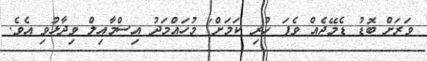
ވަރަށް ބޮޑު ޑެމޭޖެއް ވެފަ ހުރި ކަމަށް" މުހައްމަދު އިސްމާއިލް ވިދާޅުވި އެވެ.